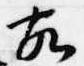
故